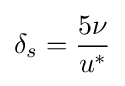
\delta _{s}={\frac {5\nu }{u^{*}}}